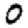
Digit: 0